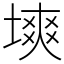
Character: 塽